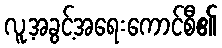
လူ့အခွင့်အရေးကောင်စီ၏